Report on sanitation, dispensaries, and jails in Rajputana for 1910, and on vaccination for the year 1910-1911 - 1910-1911
Year: 1910
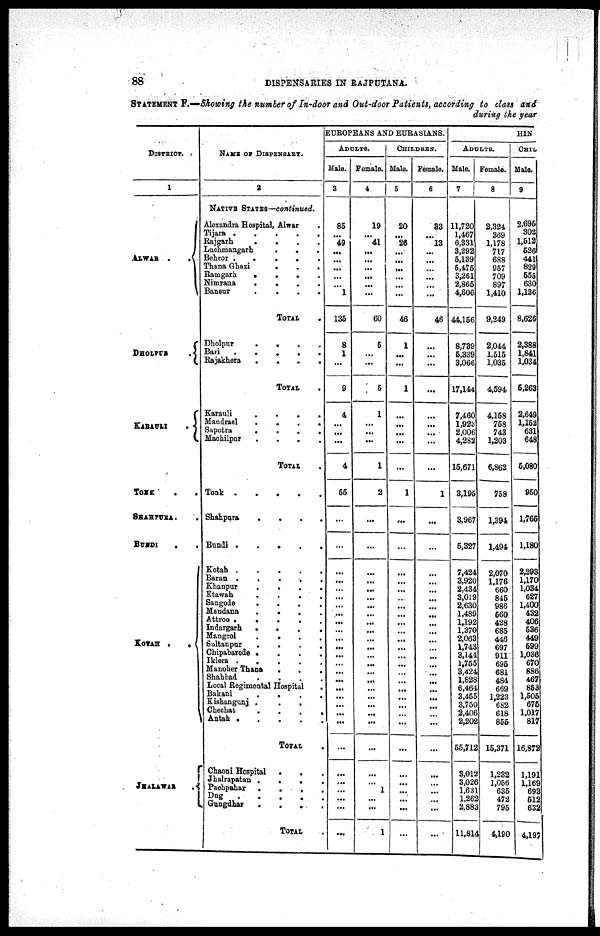
88
DISPENSARIES IN RAJPUTANA.
STATEMENT F.—Showing the number of In-door and Out-door Patients, according to class and
during the year
DISTRICT.
1
ALWAR .
.
DHOLPUR
.
KARAULI
.
TONK . .
SHAHPURA.
BUNDI . .
KOTAH .
.
JHALAWAR
.
NAME OF DISPENSARY.
2
NATIVE STATES—continued.
Alexandra Hospital, Alwar
Tijara
.
.
.
.
Rajgarh
.
.
.
.
Luchmangarh
.
.
.
Bebror .
.
.
.
.
Thana Ghazi
.
.
.
Bamgarh
.
.
.
Nimrana
.
.
.
.
Bansur
.
.
.
.
TOTAL
.
Dholpur
.
.
Bari
.
.
.
.
.
Rajakhera
.
.
.
.
TOTAL .
Karauli
.
.
.
.
Mandrael
.
.
.
.
Sapotra
.
.
.
.
Machilpur
.
.
.
.
TOTAL .
Tonk
.
.
.
.
.
Shahpura
.
.
.
.
Bundi
.
.
.
.
.
Kotah
.
.
.
.
.
Baran .
.
.
.
.
Khanpur
.
.
.
.
Etawah
.
.
. .
Sangode
.
.
.
.
Mandana
.
.
. .
Attroo .
.
.
. .
Indargarh
.
.
.
.
Mangrol
.
. . .
Sultanpur
.
.
.
.
Chipabarode . . . .
Iklera .
.
.
.
.
Manoher Thana
. . .
Shahbad
. . . .
Local Regimental Hospital .
Bakani
.
. . .
Kishangunj .
.
. .
Chechat . . . .
Antah .
.
.
.
.
TOTAL .
Chaoni Hospital
. . .
Jhalrapatan .
.
. .
Pachpahar
. . . .
Dug . .
.
.
.
Gungdhar
.
.
.
.
TOTAL .
EUROPEANS AND EURASIANS.
ADULTS.
Male.
3
85
...
49
...
...
...
...
...
1
135
8
1
...
9
4
...
...
...
4
55
...
...
...
...
...
...
...
...
...
...
...
...
...
...
...
...
...
...
...
...
...
...
...
...
...
...
...
...
Female.
4
19
...
41
...
...
...
...
...
...
60
5
...
...
5
1
...
...
...
1
2
...
...
...
...
...
...
...
...
...
...
...
...
...
...
...
...
...
...
...
...
...
...
...
...
1
...
...
1
CHILDREN.
Male.
5
20
...
26
...
...
...
...
...
...
46
1
...
...
1
...
...
...
...
...
1
...
...
...
...
...
...
...
...
...
...
...
...
...
...
...
...
...
...
...
...
...
...
...
...
...
...
...
...
Female.
6
33
...
13
...
...
...
...
...
...
46
...
...
...
...
...
...
...
...
...
1
...
...
...
...
...
...
...
...
...
...
...
...
...
...
...
...
...
...
...
...
...
...
...
...
...
...
...
...
HIN
ADULTS.
Male.
7
11,720
1,467
6,331
3,292
5,139
5,475
3,261
2,865
4,606
44,156
8,739
5,339
3,066
17,144
7,460
1,923
2,006
4,282
15,671
3,195
3,967
5,327
7,424
3,920
2,434
3,019
2,630
1,489
1,192
1,370
2,063
1,743
3,144
1,755
3,424
1,828
6,464
3,455
3,750
2,406
2,202
55,712
3,012
3,026
1,631
1,262
2,883
11,814
Female.
8
2,324
369
1,178
717
688
957
709
897
1,410
9,249
2,044
1,515
1,035
4,594
4,158
758
743
1,203
6,862
758
1,394
1,494
2,070
1,176
660
845
986
560
428
685
446
697
911
695
681
484
669
1,223
682
618
855
15,371
1,232
1,056
635
472
795
4,190
CHIL
Male.
9
2,695
302
1,512
526
441
829
555
630
1,136
8,626
2,388
1,841
1,034
6,263
2,649
1,152
631
648
6,080
950
1,765
1,180
2,293
1,170
1,034
627
1,400
432
406
536
449
599
1,036
670
886
467
853
1,505
675
1,017
817
16,872
1,191
1,169
693
512
632
4,197